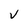
Character: V